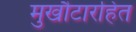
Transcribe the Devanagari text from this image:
मुखौटारहित